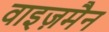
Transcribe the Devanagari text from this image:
वाइज़मैन